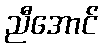
ညီအောင်